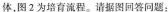
体，图2为培育流程。请据图回答问题：